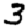
Digit: 3